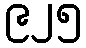
၉၂၅